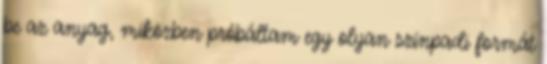
be az anyag, miközben próbáltam egy olyan színpadi formát